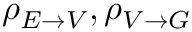
\rho _ { E \to V } , \rho _ { V \to G }